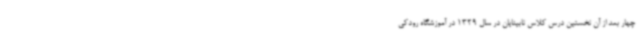
چهار بعد از آن نخستین درس کلاس نابینایان در سال 1329 در آموزشگاه رودکی